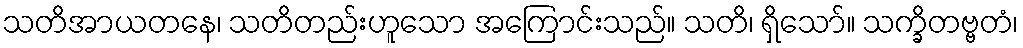
သတိအာယတနေ၊ သတိတည်းဟူသော အကြောင်းသည်။ သတိ၊ ရှိသော်။ သက္ခိတဗ္ဗတံ၊